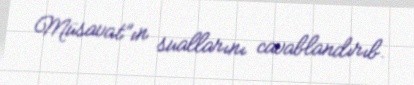
Müsavat”ın suallarını cavablandırıb.